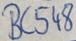
Text: BC548